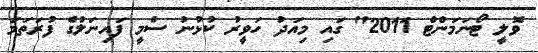
ވޮލީ ޓޯނަމަންޓް 2011" ގައި މިއަދު ހަވީރު ކުޅުނު ސެމީ ފައިނަލުގެ ފުރަތަމަ